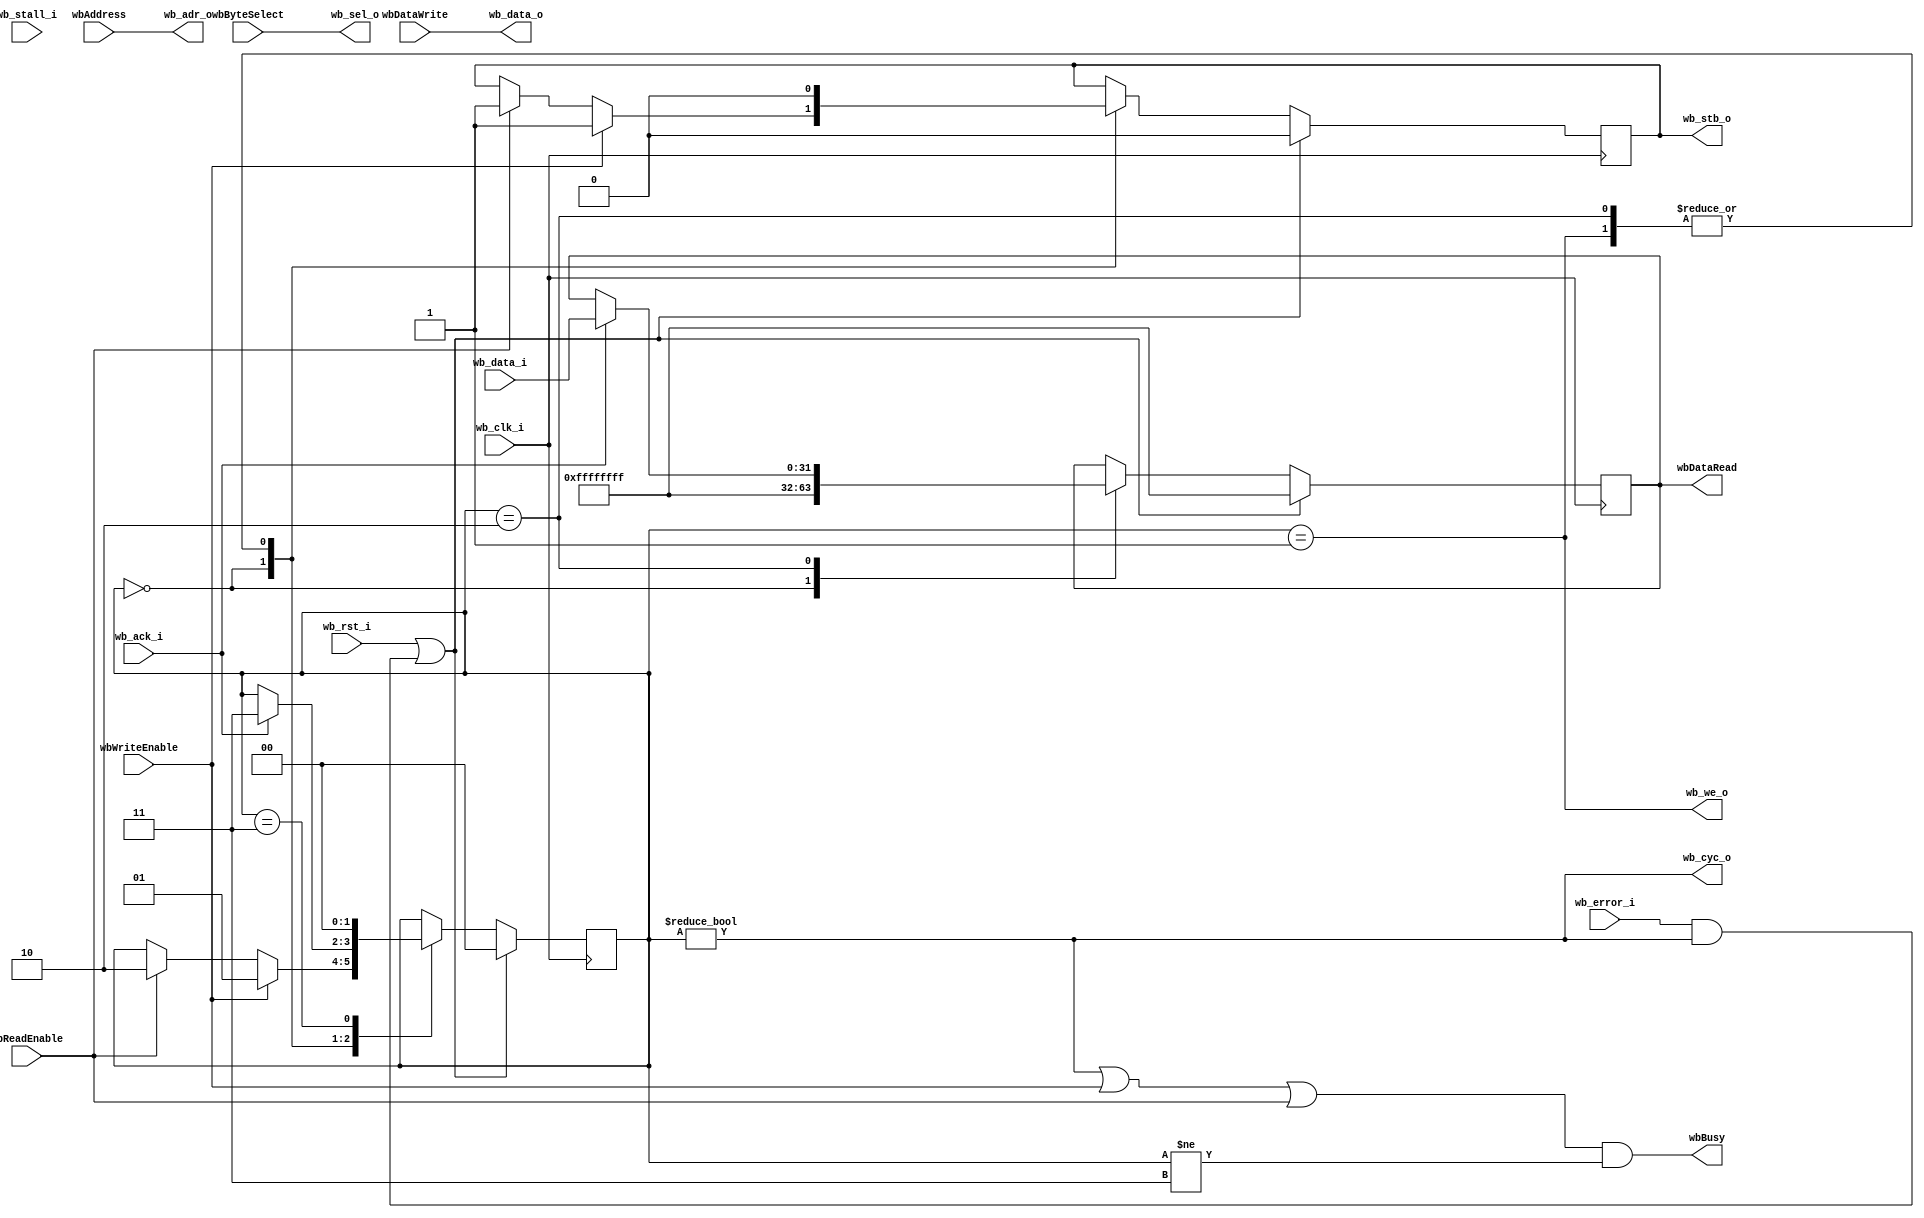
module Core_WBInterface (
		// Wishbone master interface
		input wire wb_clk_i,
		input wire wb_rst_i,
		output wire wb_cyc_o,
		output wire wb_stb_o,
		output wire wb_we_o,
		output wire[3:0] wb_sel_o,
		output wire[31:0] wb_data_o,
		output wire[27:0] wb_adr_o,
		input wire wb_ack_i,
		input wire wb_stall_i,
		input wire wb_error_i,
		input wire[31:0] wb_data_i,

		// Memory interface from core
		input wire[27:0] wbAddress,
		input wire[3:0] wbByteSelect,
		input wire wbWriteEnable,
		input wire wbReadEnable,
		input wire[31:0] wbDataWrite,
		output wire[31:0] wbDataRead,
		output wire wbBusy
	);

	localparam STATE_IDLE  		  = 2'h0;
	localparam STATE_WRITE_SINGLE = 2'h1;
	localparam STATE_READ_SINGLE  = 2'h2;
	localparam STATE_END 		  = 2'h3;
	
	reg[1:0] state = STATE_IDLE;
	reg[31:0] readDataBuffered;

	reg stb = 1'b0;

	always @(posedge wb_clk_i) begin
		if (wb_rst_i || (wb_error_i && state != STATE_IDLE)) begin
			state <= STATE_IDLE;
			stb <= 1'b0;
			readDataBuffered <= ~32'b0;
		end else begin
			case (state)
				STATE_IDLE: begin
					readDataBuffered <= ~32'b0;

					if (wbWriteEnable) begin
						state <= STATE_WRITE_SINGLE;
						stb <= 1'b1;
					end else if (wbReadEnable) begin
						state <= STATE_READ_SINGLE;
						stb <= 1'b1;
					end
				end

				STATE_WRITE_SINGLE: begin
					stb <= 1'b0;
					
					if (wb_ack_i) begin
						state <= STATE_END;
					end
				end

				STATE_READ_SINGLE: begin
					stb <= 1'b0;

					if (wb_ack_i) begin
						state <= STATE_END;
						readDataBuffered <= wb_data_i;
					end
				end

				STATE_END: begin
					state <= STATE_IDLE;
				end
				
				default: begin
					state <= STATE_IDLE;
					stb <= 1'b0;
				end
			endcase
		end
	end

	assign wb_cyc_o = state != STATE_IDLE;
	assign wb_stb_o = stb;

	assign wb_we_o = state == STATE_WRITE_SINGLE;
	assign wb_sel_o = wbByteSelect;
	assign wb_data_o = wbDataWrite;
	assign wb_adr_o = wbAddress;
	
	assign wbDataRead = readDataBuffered;
	assign wbBusy = (state != STATE_IDLE || wbWriteEnable || wbReadEnable) && (state != STATE_END);

endmodule